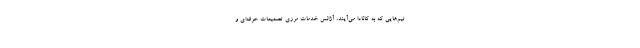
تیم‌هایی که به کانادا می‌آیند، آژانس خدمات مرزی تصمیمات حرفه‌ای و